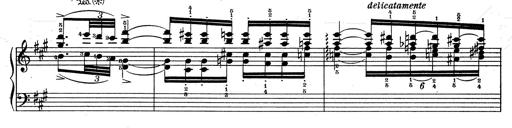
Title: RÃ©miniscences de Don Juan
Composer: Franz Liszt